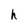
Character: h